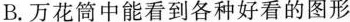
B.万花筒中能看到各种好看的图形